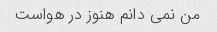
من نمی دانم هنوز در هواست